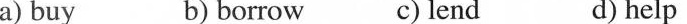
a) buy b) borrow c) lend d) help